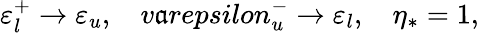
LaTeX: \varepsilon_{l}^{+}\rightarrow\varepsilon_{u},\ \ \ \, v\mathfrak{a}repsilon_{u}^{-}\rightarrow\varepsilon_{l},\ \ \ \, \eta_{*}=1,